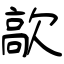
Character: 歊